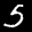
Label: 5